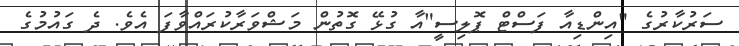
ސަރުކާރުގެ "އިންޑިއާ ފަސްޓް ޕޮލިސީ"އާ ގުޅޭ ގޮތުން މަޝްވަރާކުރައްވާފަ އެވެ. ދެ ގައުމުގެ